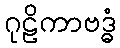
ဂုဠိကာဗဒ္ဓံ